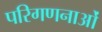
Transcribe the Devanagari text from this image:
परिगणनाओं